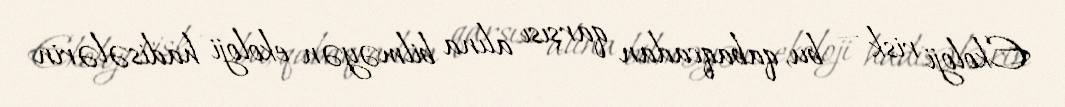
Ekoloji risk — bu, qabaqcadan qarşısı alına bilməyən ekoloji hadisələrin